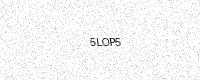
Text: 5LOP5